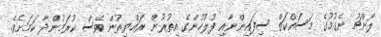
ލޯންޗު ނެގުމުގެ މަސައްކަތް ސިފައިންނާއި ފުލުހުންގެ އިތުރުން ރައްޔިތުން ވެސް ކުރަމުންދާ ކަމަށެވެ.